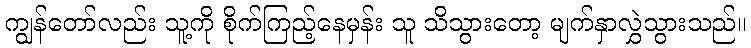
ကျွန်တော်လည်း သူ့ကို စိုက်ကြည့်နေမှန်း သူ သိသွားတော့ မျက်နှာလွှဲသွားသည်။